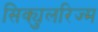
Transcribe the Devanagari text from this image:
सिक्युलरिज्म